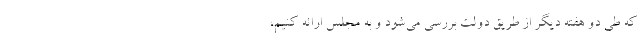
که طی دو هفته‌ دیگر از طریق دولت بررسی می‌شود و به مجلس ارائه کنیم،